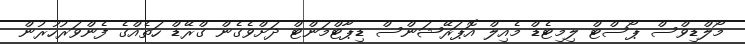
މޯލްޑިވްސް ޕޯސްޓް ލިމިޓެޑް މެއިލް އޮޕަރޭޝަންސް ޑިޕާޓްމަންޓް ދަށްވެގެން ގްރޭޑް ހަތެއްގެ ފެންވަރުހުރުން